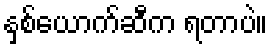
နှစ်ယောက်ဆီက ရတာပဲ။